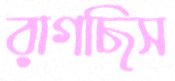
রাগছিস